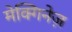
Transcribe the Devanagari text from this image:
मेक्गिनेज़